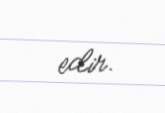
edir.